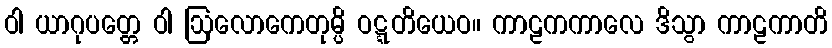
ဝါ ယာဂုပတ္တေ ဝါ ဩလောကေတုမ္ပိ ဝဋ္ဋတိယေဝ။ ကာဠကကာလေ ဒိသွာ ကာဠကာတိ